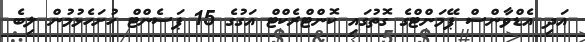
އަދި އެޑްވާންސް ޕޭމަންޓްގެ ގޮތުގައި ކޮންޓްރެކްޓް އަގުގެ 15 ޕަސެންޓް ހުށަހެޅުމުން ލިބެ